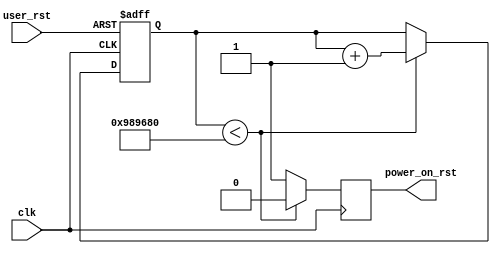
`timescale 1ns / 1ps
//////////////////////////////////////////////////////////////////////////////////
// Company: 
// Engineer: 
// 
// Design Name: 
// Module Name: reset_power_on
// Project Name: 
// Target Devices: 
// Tool Versions: 
// Description: 
// 
// Dependencies: 
// 
// Revision:
// Revision 0.01 - File Created
// Additional Comments:
// 
//////////////////////////////////////////////////////////////////////////////////


module reset_power_on(
	input              clk,
input              user_rst,          //user reset, high active
output             power_on_rst       //power on reset,high active     
);
//// ---------------- internal constants --------------
parameter N = 32 ;             // debounce timer bitwidth
parameter FREQ = 50;           //model clock :Mhz
parameter MAX_TIME = 200;      //ms
localparam TIMER_MAX_VAL =   MAX_TIME * 1000 * FREQ;

reg[N - 1:0] cnt = 0;
reg rst_reg;
assign power_on_rst = rst_reg;
always@(posedge clk or posedge user_rst)
begin
if(user_rst == 1'b1)
    cnt <= 0;
else if(cnt < TIMER_MAX_VAL)
    cnt <= cnt + 1;
else
    cnt <= cnt;
end
always@(posedge clk)
rst_reg <= (cnt < TIMER_MAX_VAL) ? 1'b0 : 1'b1;
endmodule